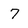
Character: 7